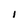
Character: i